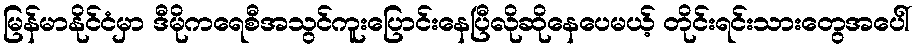
မြန်မာနိုင်ငံမှာ ဒီမိုကရေစီအသွင်ကူးပြောင်းနေပြီလိုဆိုနေပေမယ့် တိုင်းရင်းသားတွေအပေါ်